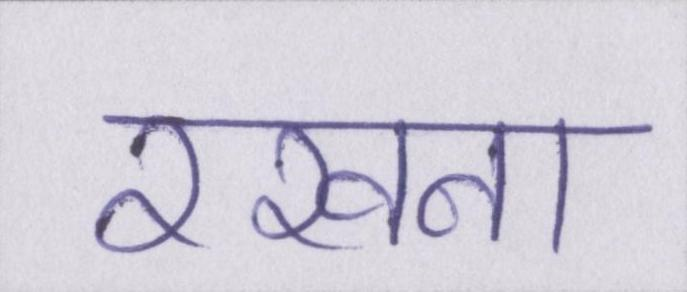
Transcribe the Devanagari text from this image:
रखना